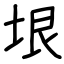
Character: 垠